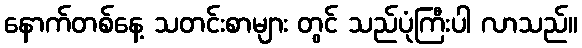
နောက်တစ်နေ့ သတင်းစာများ တွင် သည်ပုံကြီးပါ လာသည်။